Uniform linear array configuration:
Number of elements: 8
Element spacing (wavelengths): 1
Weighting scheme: kaiser
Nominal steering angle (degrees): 0
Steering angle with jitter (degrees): -1.441
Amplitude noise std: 0.05
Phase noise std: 0.05

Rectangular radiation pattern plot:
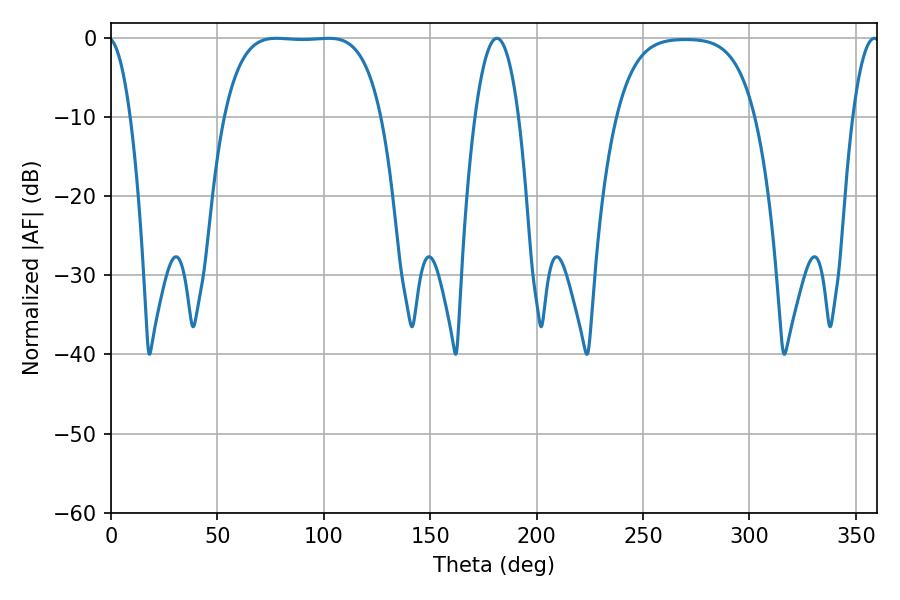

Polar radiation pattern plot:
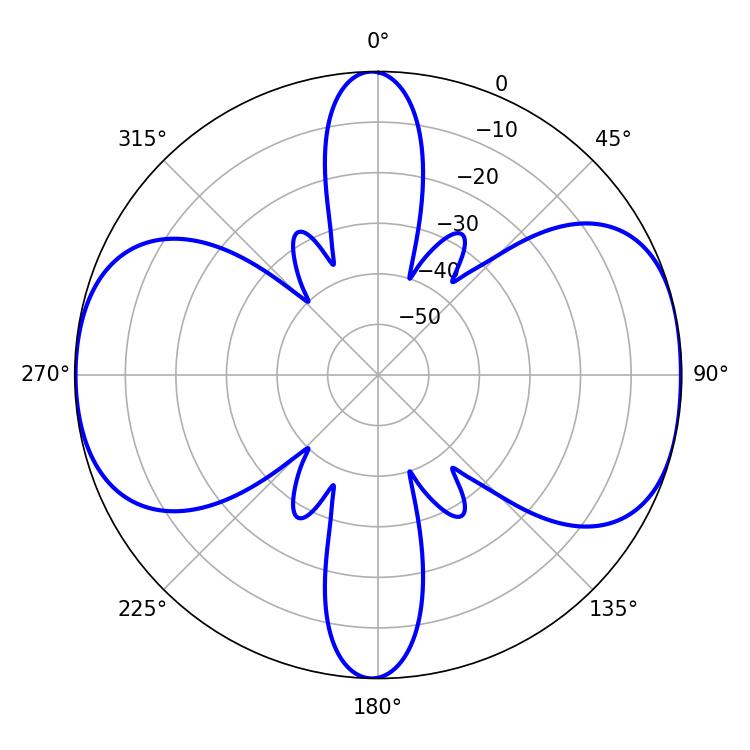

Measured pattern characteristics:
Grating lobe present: TRUE
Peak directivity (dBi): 10.089
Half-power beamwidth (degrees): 57.24
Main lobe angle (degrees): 77.76